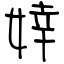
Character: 婞